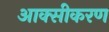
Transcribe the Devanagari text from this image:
आक्‍सीकरण